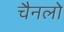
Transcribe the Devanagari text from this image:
चैनलो